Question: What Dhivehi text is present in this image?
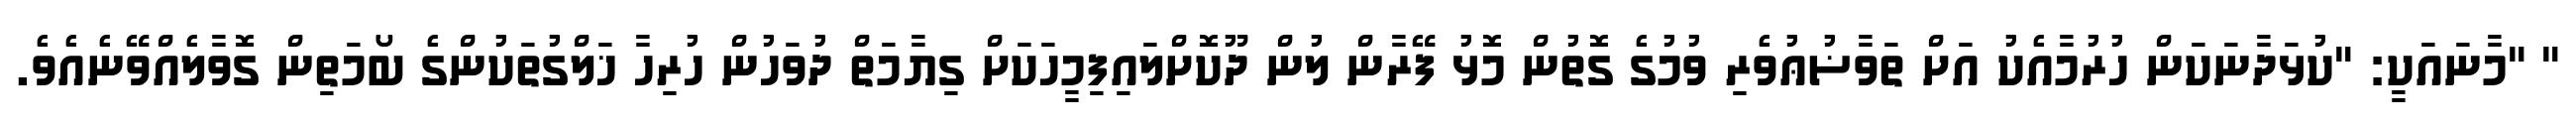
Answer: " "މާނައަކީ: "ކުޅަދާނަކަން ހުރުމާއެކު އަށް ތަވާޟުޢުވެރި ވުމުގެ ގޮތުން މޮޅު ފޭރާން ލުން ދޫކޮށްލައިފިމީހަކަށް ގިޔާމަތް ދުވަހުން ހުރިހާ ޚަލްގުތަކުންގެ ބޯމަތިން ގޮވާލެއްވޭނެއެވެ.